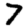
Digit: 7